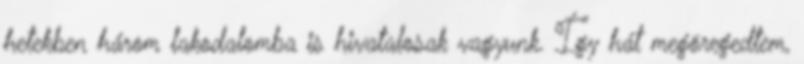
hetekben három lakodalomba is hivatalosak vagyunk. Így hát megöregedtem,